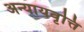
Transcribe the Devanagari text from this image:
अन्यायवृत्ति